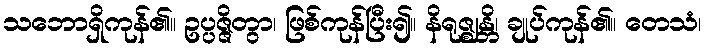
သဘောရှိကုန်၏။ ဥပ္ပဇ္ဇိတွာ၊ ဖြစ်ကုန်ပြီး၍။ နိရုဇ္ဈန္တိ၊ ချုပ်ကုန်၏။ တေသံ၊